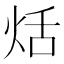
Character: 𤈏